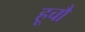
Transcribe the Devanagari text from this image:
हूचौ